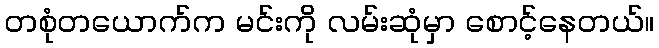
တစုံတယောက်က မင်းကို လမ်းဆုံမှာ စောင့်နေတယ်။